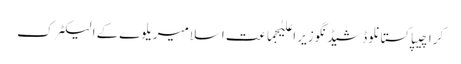
کراچیپاکستانلوڈشیڈنگوزیر اعلیٰجماعت اسلامیریلوےکے الیکٹرک